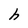
Character: h